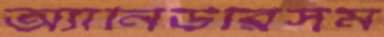
অ্যানিউরিসম